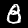
Digit: 8